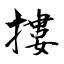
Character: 摟